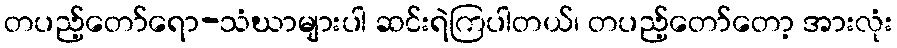
တပည့်တော်ရော-သံဃာများပါ ဆင်းရဲကြပါတယ်၊ တပည့်တော်တော့ အားလုံး